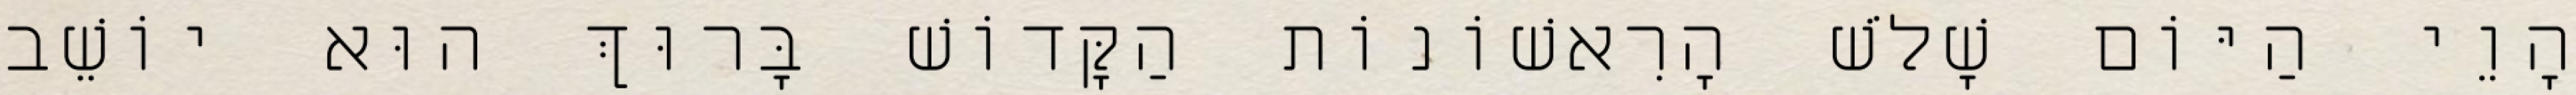
הָוֵי הַיּוֹם שָׁלֹשׁ הָרִאשׁוֹנוֹת הַקָּדוֹשׁ בָּרוּךְ הוּא יוֹשֵׁב